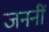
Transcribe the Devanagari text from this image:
जननीं